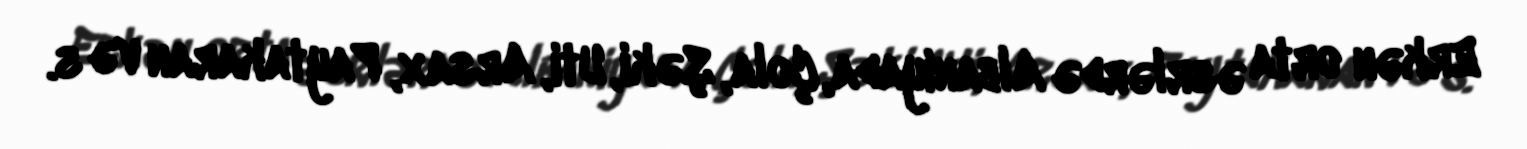
Erkən orta əsrlərdə Albaniyada, Çola, Şəki, Uti, Arsax, Paytakaran və s.